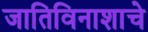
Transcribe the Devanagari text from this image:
जातिविनाशाचे